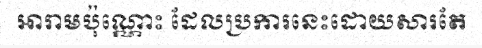
អារាមប៉ុណ្ណោះ ដែលប្រការនេះដោយសារតែ